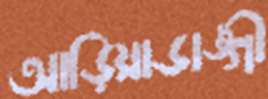
আড়িয়াডাঙ্গী